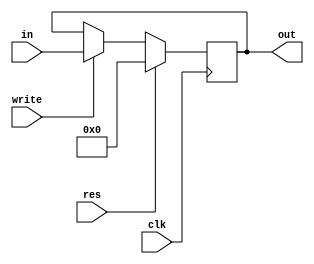
`timescale 1ns / 1ps
//////////////////////////////////////////////////////////////////////////////////
// Company: 
// Engineer: 
// 
// Design Name: 
// Module Name: PC
// Project Name: 
// Target Devices: 
// Tool Versions: 
// Description: 
// 
// Dependencies: 
// 
// Revision:
// Revision 0.01 - File Created
// Additional Comments:
// 
//////////////////////////////////////////////////////////////////////////////////


module PC(
    input clk, res, write,
    input [31:0] in,
    output reg [31:0] out
    );
    
    always@(posedge clk)
    begin
        if (res)
            out <= 0;
        else 
            if (write)
                out <= in;
    end
    
endmodule